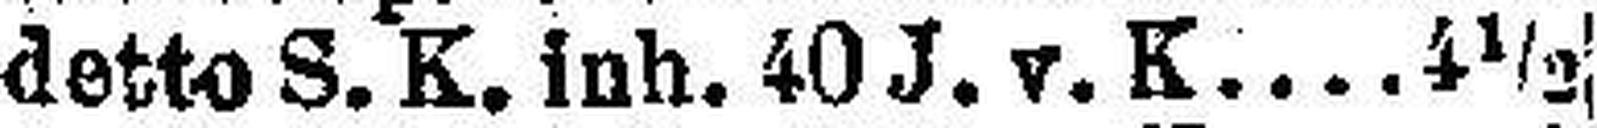
detto S. K. inh. 40 J. v. K 4½